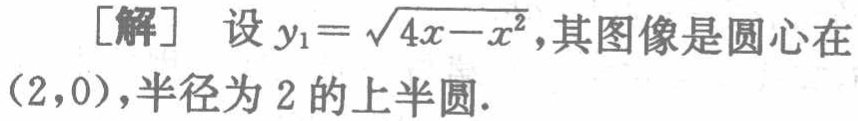
[解] 设 \(y_{1}=\sqrt{4x - x^{2}}\),其图像是圆心在\((2,0)\),半径为 \(2\) 的上半圆.